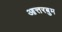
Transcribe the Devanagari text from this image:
आत्तरबुम